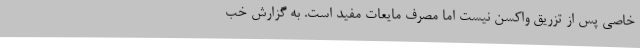
خاصی پس از تزریق واکسن نیست اما مصرف مایعات مفید است. به گزارش خب